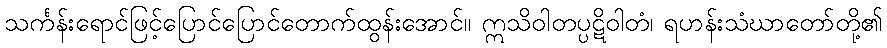
သင်္ကန်းရောင်ဖြင့်ပြောင်ပြောင်တောက်ထွန်းအောင်။ ဣသိဝါတပ္ပဋိဝါတံ၊ ရဟန်းသံဃာတော်တို့၏